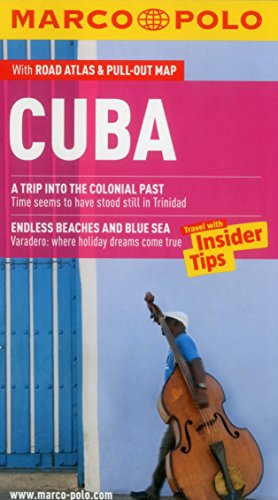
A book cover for Cuba Marco Polo Guide (Marco Polo Guides); Marco Polo Travel; Travel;